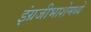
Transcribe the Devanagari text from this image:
इंग्रजीभाशेमध्ये